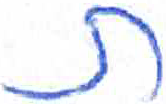
אות: ת